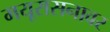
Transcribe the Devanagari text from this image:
मयूरासनावर